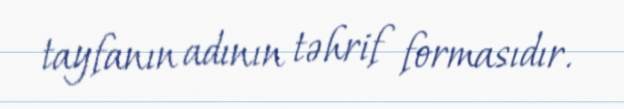
tayfanın adının təhrif formasıdır.